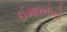
ઈમારતોનો